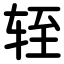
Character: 轾